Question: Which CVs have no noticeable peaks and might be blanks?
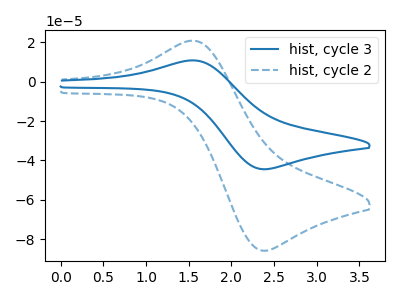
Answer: <think>The blue curve "hist, cycle 3" has an anodic peak at (1.60V, 10.70uA) and a cathodic peak at (2.35V, -44.45uA). The blue dashed curve "hist, cycle 2" has an anodic peak at (1.60V, 20.60uA) and a cathodic peak at (2.35V, -85.75uA).</think>
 <answer>There are not any CV's on this graph that are likely to be blanks.</answer>
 <eval>none</eval>